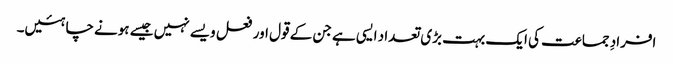
افرادِ جماعت کی ایک بہت بڑی تعداد ایسی ہے جن کے قول اور فعل ویسے نہیں جیسے ہونے چاہئیں۔